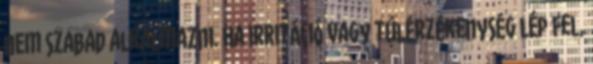
nem szabad alkalmazni. Ha irritáció vagy túlérzékenység lép fel,